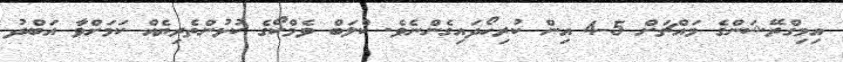
އިމިގްރޭޝަންގެ މައްޗަށް 5-4 އިން ކުރިހޯދައިގެންނެވެ. ކްލަބް ވެމްކޯގެ ކުޅުންތެރިޔެއް ކަމަށްވާ އަބްދު